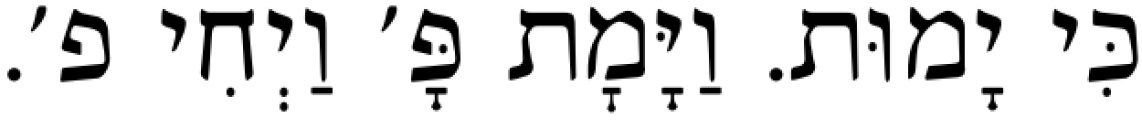
כִּי יָמוּת. וַיָּמׇת פָּ׳ וַיְחִי פ׳.